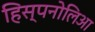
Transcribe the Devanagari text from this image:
हिस्पनोलिआ